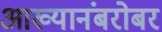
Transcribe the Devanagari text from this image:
आख्यानंबरोबर